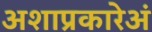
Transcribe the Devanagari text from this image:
अशाप्रकारेअं